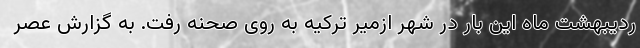
ردیبهشت ماه این بار در شهر ازمیر ترکیه به روی صحنه رفت. به گزارش عصر